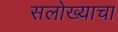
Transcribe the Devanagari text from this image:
सलोख्याचा